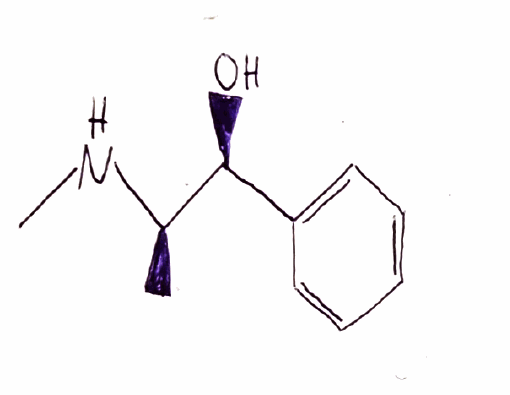
Simplified molecular-input line-entry system (SMILES) notation of the given molecule:
C[C@H]([C@H](C1=CC=CC=C1)O)NC